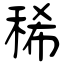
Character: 稀